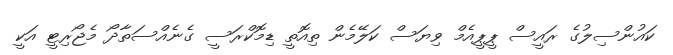
ކައުންސިލުގެ ރައީސް ޕީޕީއެމް ވިޔަސް ކަލޭމެން ތިއޮތީ ޑިމޮކްރަސީ ގެނެއްސަތާދޯ މެޖޯރިޓީ އަކީ